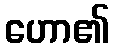
ဟော၏